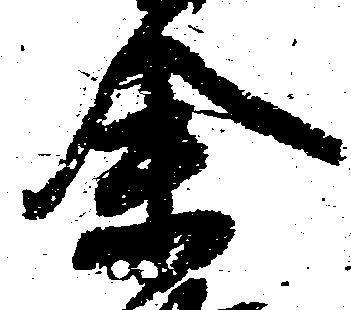
余